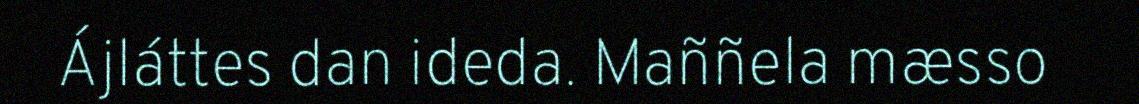
Ájláttes dan ideda. Maññela mæsso